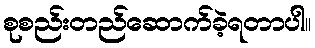
စုစည်းတည်ဆောက်ခဲ့ရတာပါ။